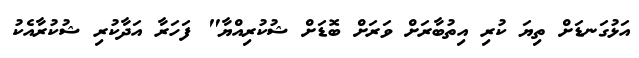
އަޅުގަނޑަށް ތިޔަ ކުރި އިތުބާރަށް ވަރަށް ބޮޑަށް ޝުކުރިއްޔާ" ފަހަރާ އަދާކުރި ޝުކުރާއެކު